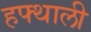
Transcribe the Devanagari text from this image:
हफ्थाली